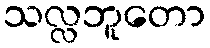
သလ္လဘူတော